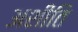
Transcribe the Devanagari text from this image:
अशीति